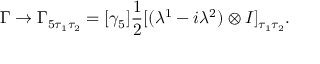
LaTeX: \Gamma \to \Gamma _ { 5 \tau _ { 1 } \tau _ { 2 } } = [ \gamma _ { 5 } ] { \frac { 1 } { 2 } } [ ( \lambda ^ { 1 } - i \lambda ^ { 2 } ) \otimes I ] _ { \tau _ { 1 } \tau _ { 2 } } .